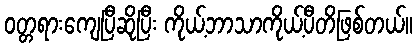
ဝတ္တရားကျေပြီဆိုပြီး ကိုယ့်ဘာသာကိုယ့်ပီတိဖြစ်တယ်။